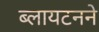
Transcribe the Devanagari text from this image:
ब्लायटनने